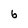
Character: 6